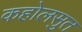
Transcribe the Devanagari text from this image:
कहोलसुत